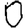
Digit: 0